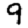
Digit: 9